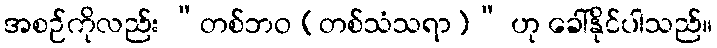
အစဉ်ကိုလည်း “တစ်ဘဝ (တစ်သံသရာ)” ဟု ခေါ်နိုင်ပါသည်။